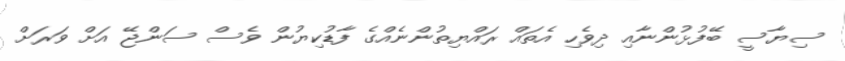
ސިޔާސީ ބޭފުޅުންނާއި ދިވެހި އެތައް ރައްޔިތުންނެއްގެ ފާޑުކިޔުން ވެސް ސަންޖޭ އަށް ވަރަށް